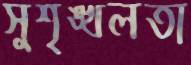
সুশৃঙ্খলতা